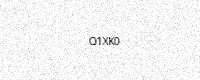
Text: Q1XK0